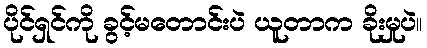
ပိုင်ရှင်ကို ခွင့်မတောင်းပဲ ယူတာက ခိုးမှုပဲ။